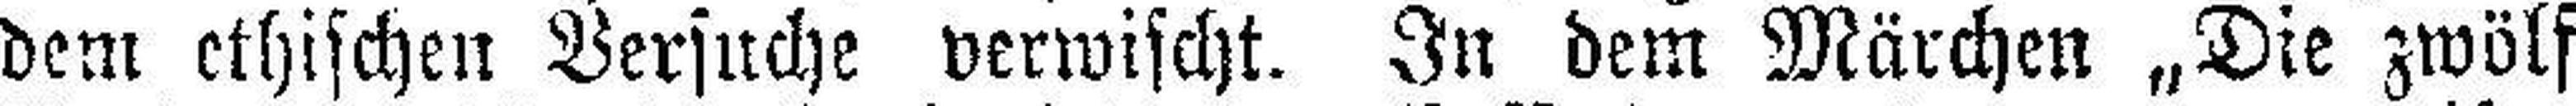
dem ethischen Versuche verwischt. In dem Märchen „Die zwölf